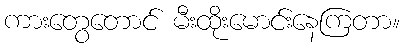
ကားတွေတောင် မီးထိုးမောင်းနေကြတာ။